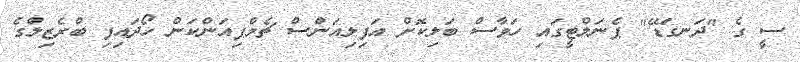
ސީ ގެ "ދަނގަޑޭ" ޕެނަލްޓީގައި ހަވާސް ބަލިކޮށް އަފިލިއަންސް ޗެމްޕިއަންކަން ހޯދައިފި ބްރެޒިލްގެ